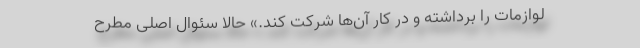
لوازمات را برداشته و در کار آن‌ها شرکت کند.» حالا سئوال اصلی مطرح